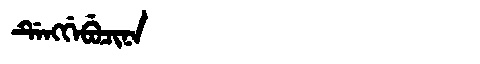
Manchu: ᡩᡝᠩᡤᡝᠪᡠᠴᡳᠨᠠ
Romanization: DENGGEBUCINA